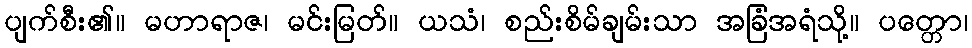
ပျက်စီး၏။ မဟာရာဇ၊ မင်းမြတ်။ ယသံ၊ စည်းစိမ်ချမ်းသာ အခြံအရံသို့။ ပတ္တော၊